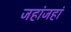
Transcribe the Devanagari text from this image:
जहांजहां